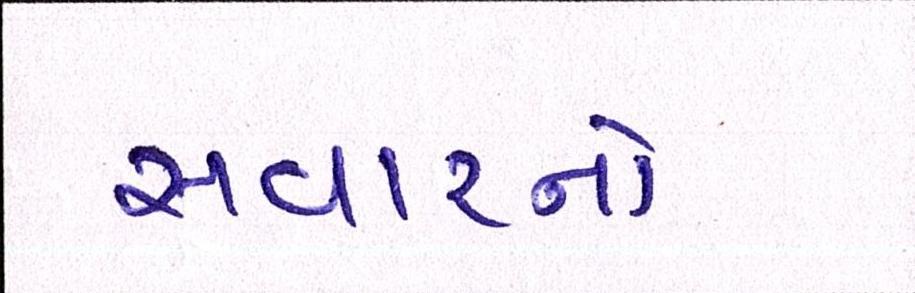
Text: સવારનો